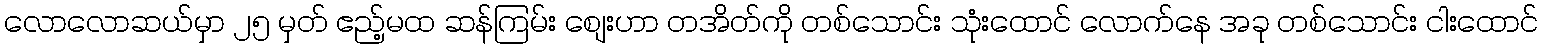
လောလောဆယ်မှာ ၂၅ မှတ် ဧည့်မထ ဆန်ကြမ်း စျေးဟာ တအိတ်ကို တစ်သောင်း သုံးထောင် လောက်နေ အခု တစ်သောင်း ငါးထောင်